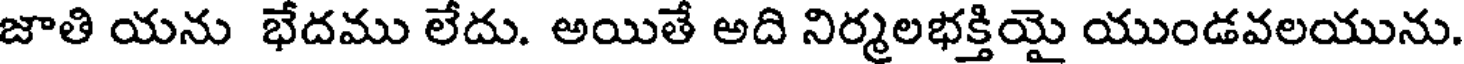
జాతి యను భేదము లేదు. అయితే అది నిర్మలభక్తియై యుండవలయును.